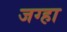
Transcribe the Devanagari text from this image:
जग्हा